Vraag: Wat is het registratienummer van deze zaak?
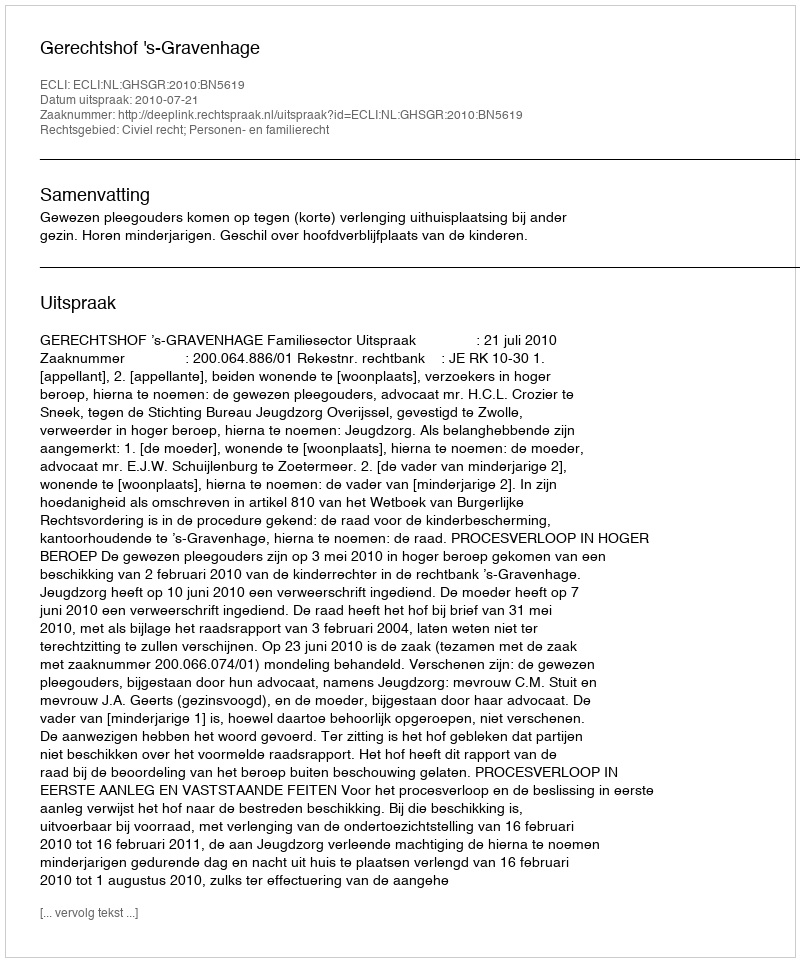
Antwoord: http://deeplink.rechtspraak.nl/uitspraak?id=ECLI:NL:GHSGR:2010:BN5619